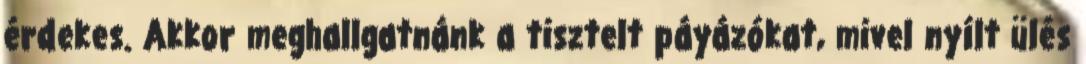
érdekes. Akkor meghallgatnánk a tisztelt páyázókat, mivel nyílt ülés